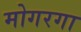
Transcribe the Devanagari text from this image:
मोगरगा